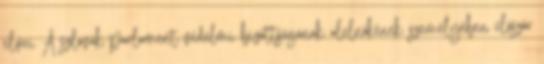
elvei A szlovák parlament védelmi bizottságának alelnökének személyében először